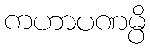
ကဟာပဏမ္ပိ